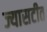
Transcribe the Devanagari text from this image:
ज्यासटीत